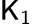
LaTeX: \mathsf{K}_{1}